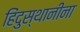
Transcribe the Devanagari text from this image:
हिंदुस्थानींना